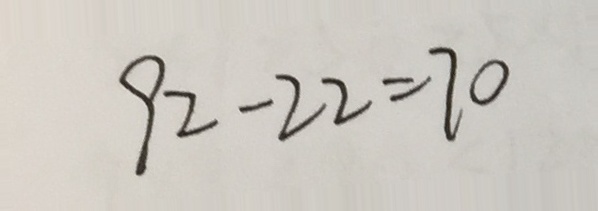
9 2 - 2 2 = 7 0